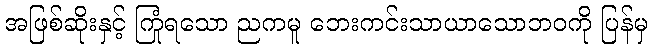
အဖြစ်ဆိုးနှင့် ကြုံရသော ညကမူ ဘေးကင်းသာယာသောဘဝကို ပြန်မှ